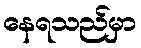
နေရသည်မှာ